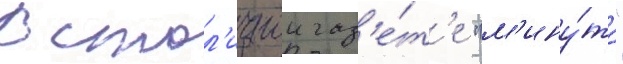
В стол'ичнои газ'е́т'е "м'ину́та"